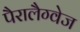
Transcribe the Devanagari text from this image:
पैरालैग्वेज